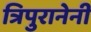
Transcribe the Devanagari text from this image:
त्रिपुरानेनी